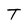
Character: T